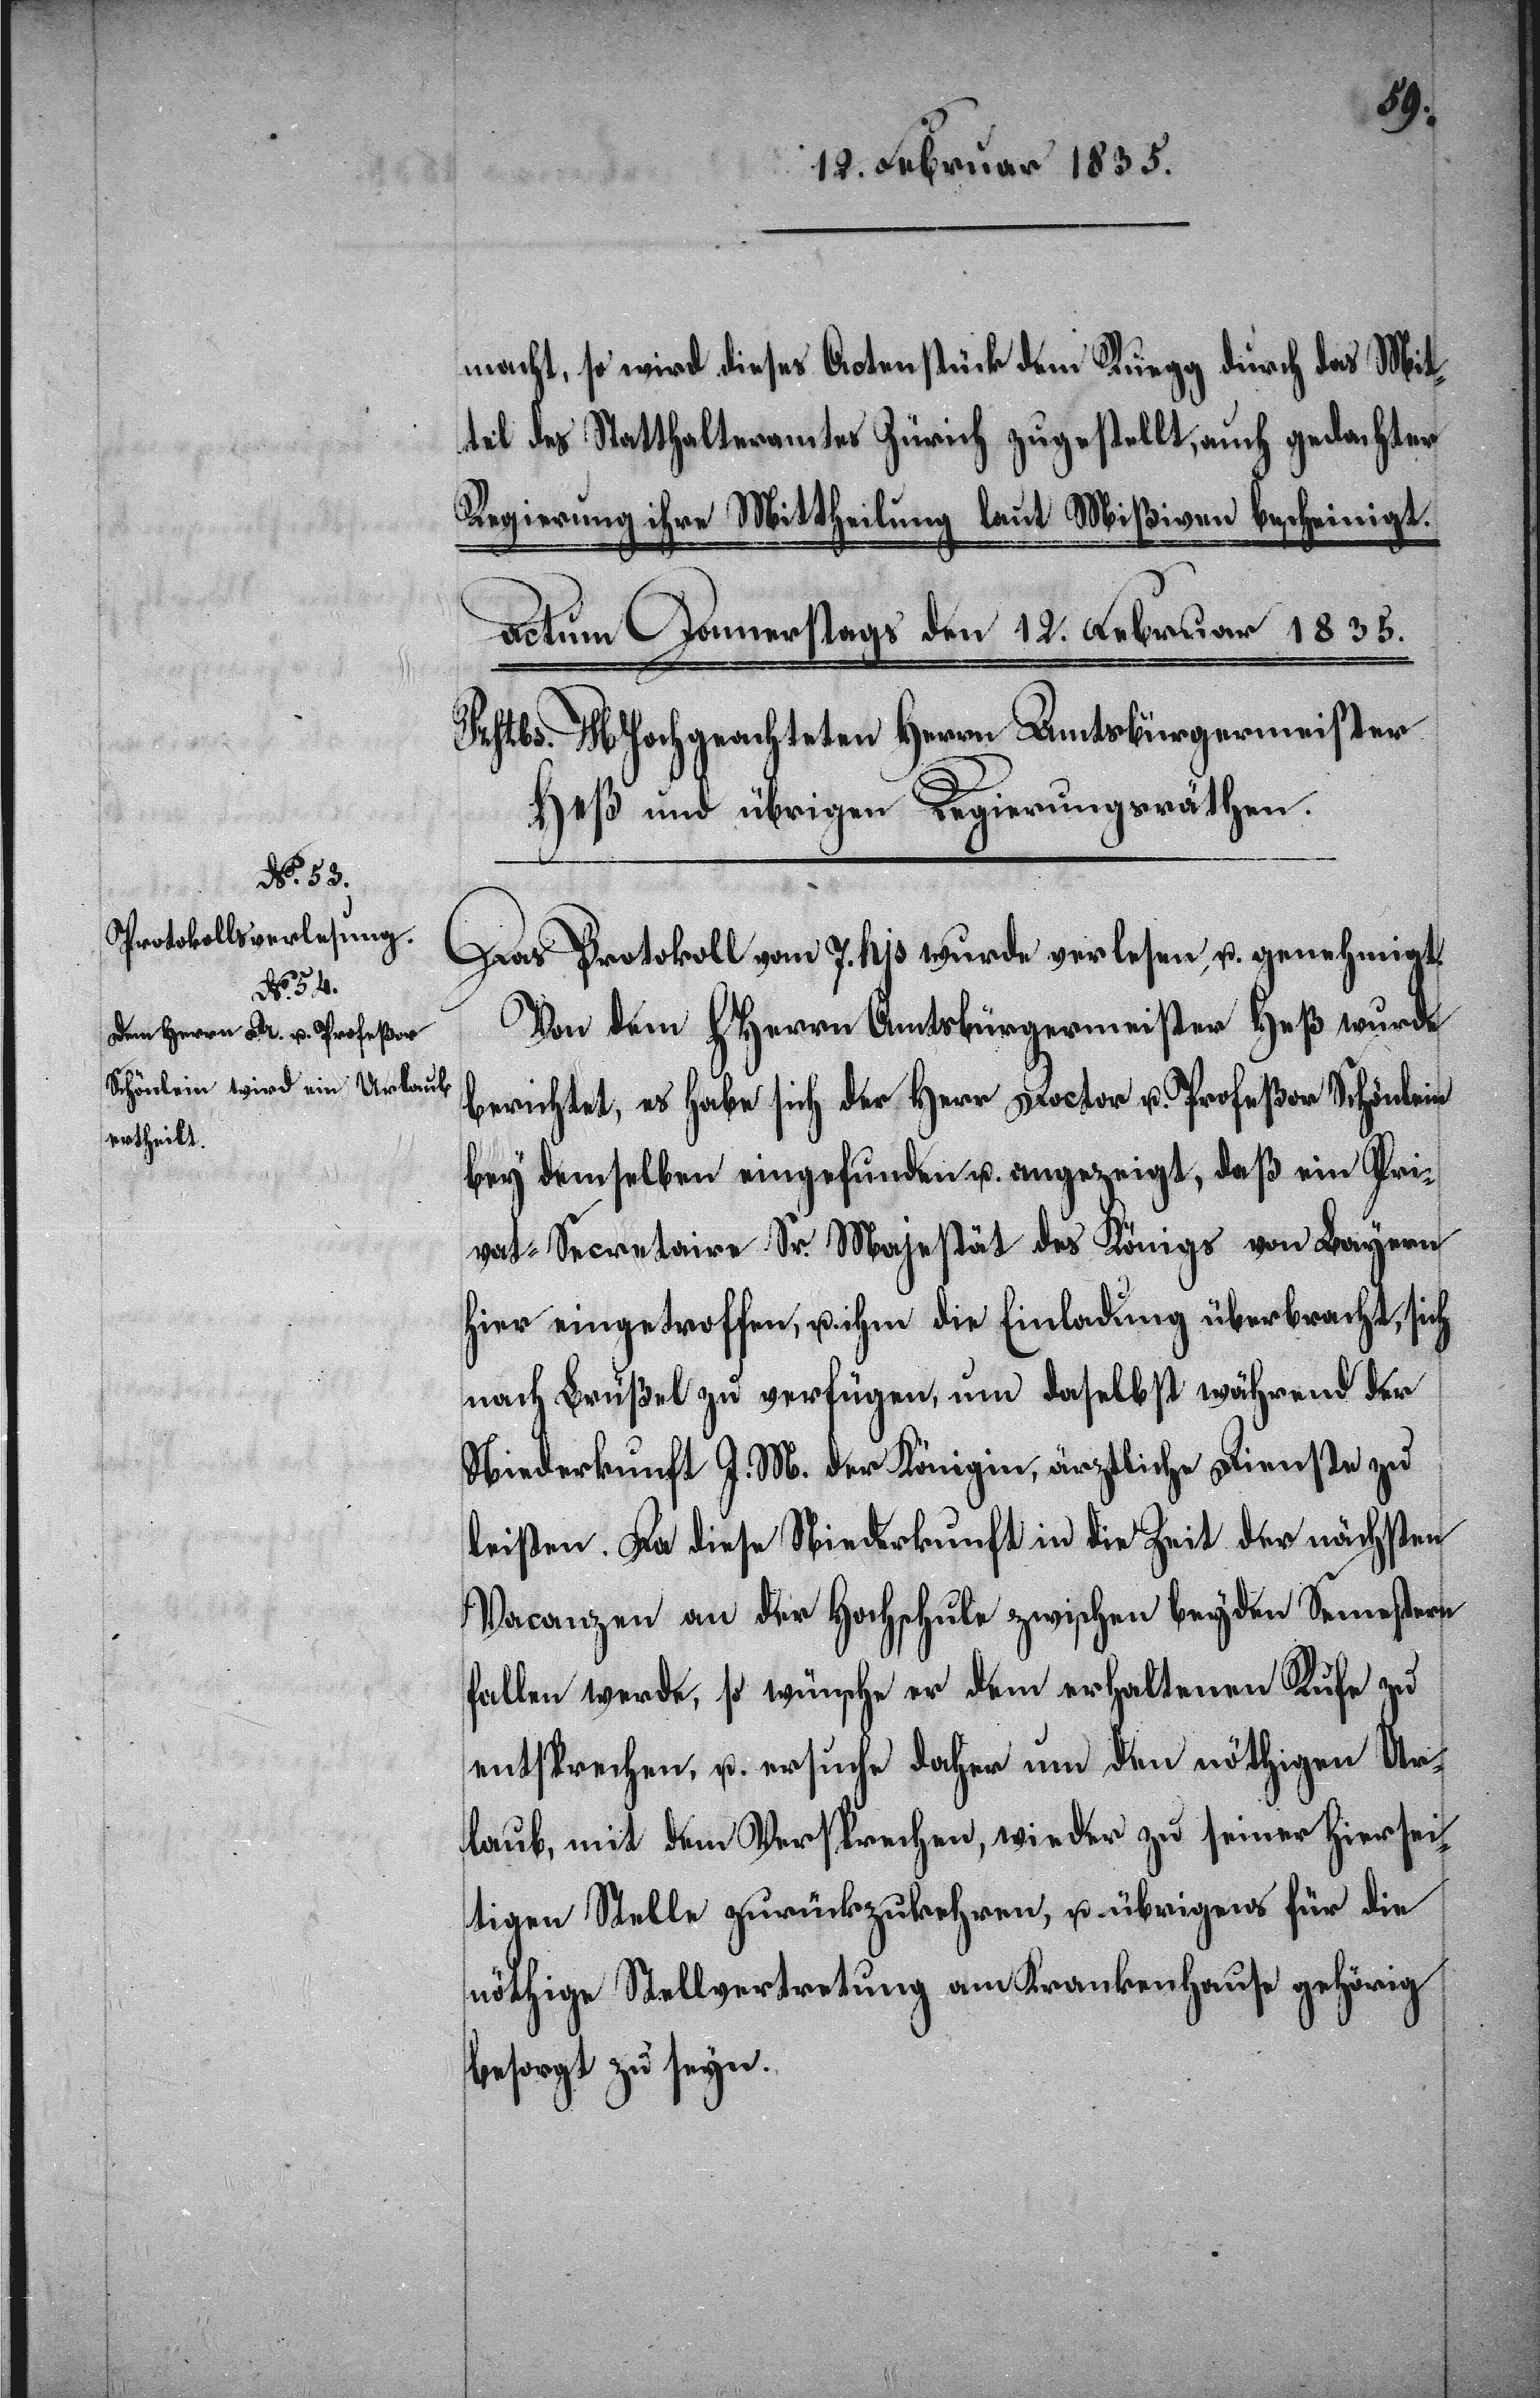
macht, so wird dieses Actenstück dem Ruegg durch das Mit¬
tel des Statthalteramtes Zürich zugestellt, auch gedachter
Regierung ihre Mittheilung laut Mißiven bescheinigt.
Das Protokoll vom 7. hjs. wurde verlesen, u. genehmigt.
Von dem HHerrn Amtsbürgermeister Heß wurde
berichtet, es habe sich der Herr Doctor u. Profeßor Schönlein
bey demselben eingefunden u. angezeigt, daß ein Pri¬
vat-Secretaire Sr. Majestät des Königs von Bayern
hier eingetroffen, u. ihm die Einladung überbracht, sich
nach Brüßel zu verfügen, um daselbst während der
Niederkunft J. M. der Königin, ärztliche Dienste zu
leisten. Da diese Niederkunft in die Zeit der nächsten
Vacanzen an der Hochschule zwischen beyden Semestern
fallen werde, so wünsche er dem erhaltenen Rufe zu
entsprechen, u. ersuche daher um den nöthigen Ur¬
laub, mit dem Versprechen, wieder zu seiner hiersei¬
tigen Stelle zurückzukehren, u. übrigens für die
nöthige Stellvertretung am Krankenhause gehörig
besorgt zu seyn.